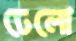
ঢেলো